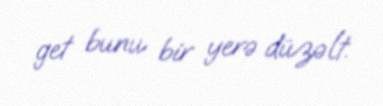
get bunu bir yerə düzəlt.